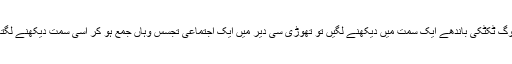
چند لوگ ٹکٹکی باندھے ایک سمت میں دیکھنے لگیں تو تھوڑی سی دیر میں ایک اجتماعی تجسس وہاں جمع ہو کر اسی سمت دیکھنے لگتا ہے۔